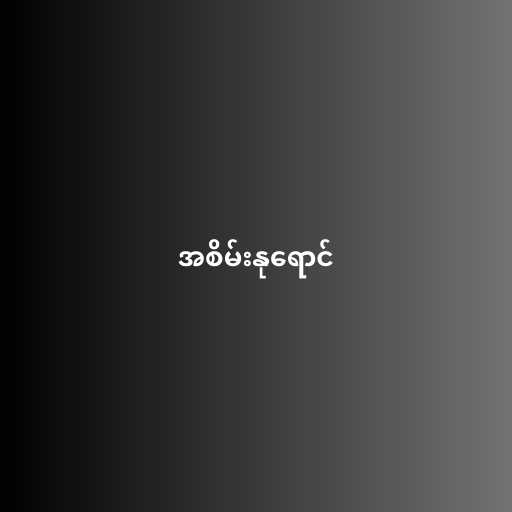
အစိမ်းနုရောင်